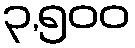
၃,၅၀၀